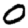
Digit: 0